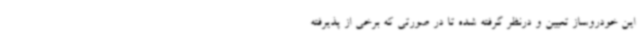
این خودروساز تعیین و درنظر گرفته شده تا در صورتی که برخی از پذیرفته